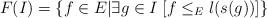
LaTeX: \begin{align*}F(I) = \{f \in E | \exists g \in I \; [f \leq_{E} l(s(g))]\}\end{align*}